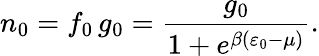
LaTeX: n_{0}=f_{0}\, g_{0}=\frac{g_{0}}{1+e^{\beta(\varepsilon_{0}-\mu)}}.